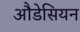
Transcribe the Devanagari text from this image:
औडेसियन